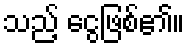
သည့် ငွေဖြစ်၏။